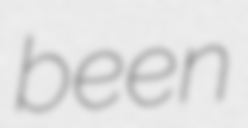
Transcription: been